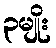
၃မျိုး